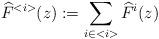
LaTeX: \begin{align*}\widehat{F}^{<i>}(z):=\sum _{i\in <i>}\widehat{F}^{i}(z)\end{align*}